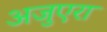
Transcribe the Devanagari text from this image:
अजुएरा